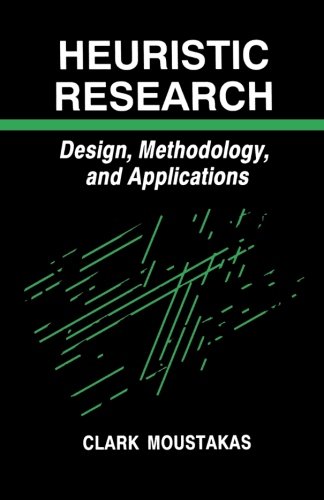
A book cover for Heuristic Research: Design, Methodology, and Applications; Clark Moustakas; Reference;